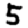
Digit: 5